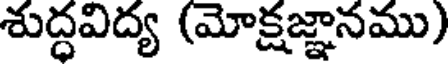
శుద్ధవిద్య (మోక్షజ్ఞానము)